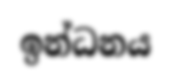
ඉන්ධනය